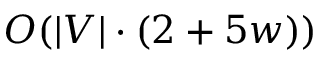
O ( | V | \cdot ( 2 + 5 w ) )